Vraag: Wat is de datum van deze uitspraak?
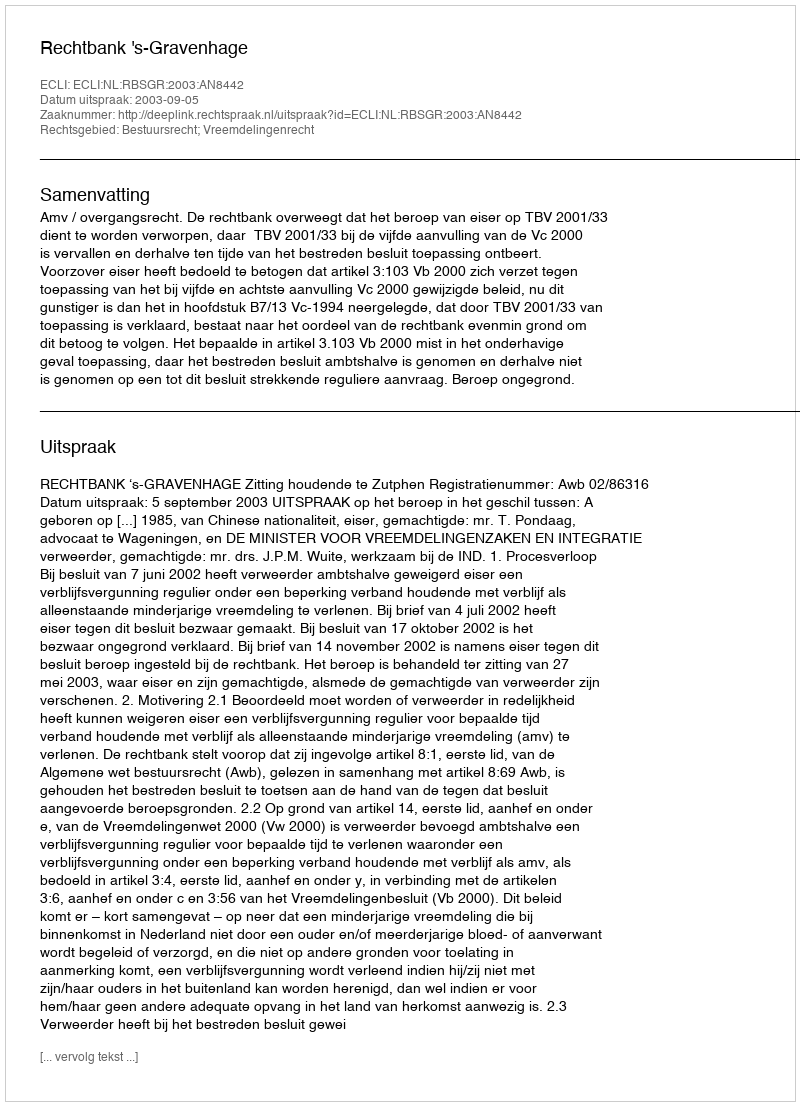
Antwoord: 2003-09-05